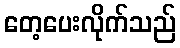
တေ့ပေးလိုက်သည်